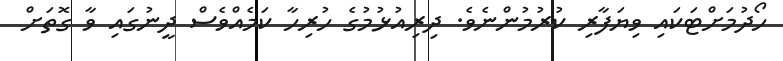
ހޯދުމަށްޓަކައި ވިޔަފާރި ކުރުމުންނެވެ. ދިރިއުޅުމުގެ ހުރިހާ ކަމެއްވެސް ދީނުގައި ވާ ގޮތަށް